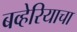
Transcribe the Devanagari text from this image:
बव्हेरियाचा